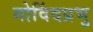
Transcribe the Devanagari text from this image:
गोविंदप्रभु